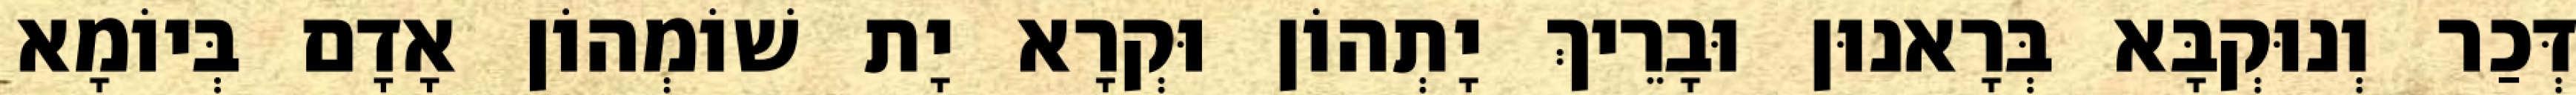
דְּכַר וְנוּקְבָּא בְּרָאנוּן וּבָרֵיךְ יָתְהוֹן וּקְרָא יָת שׁוֹמְהוֹן אָדָם בְּיוֹמָא